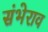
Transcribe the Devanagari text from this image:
संभेराव